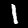
Digit: 1